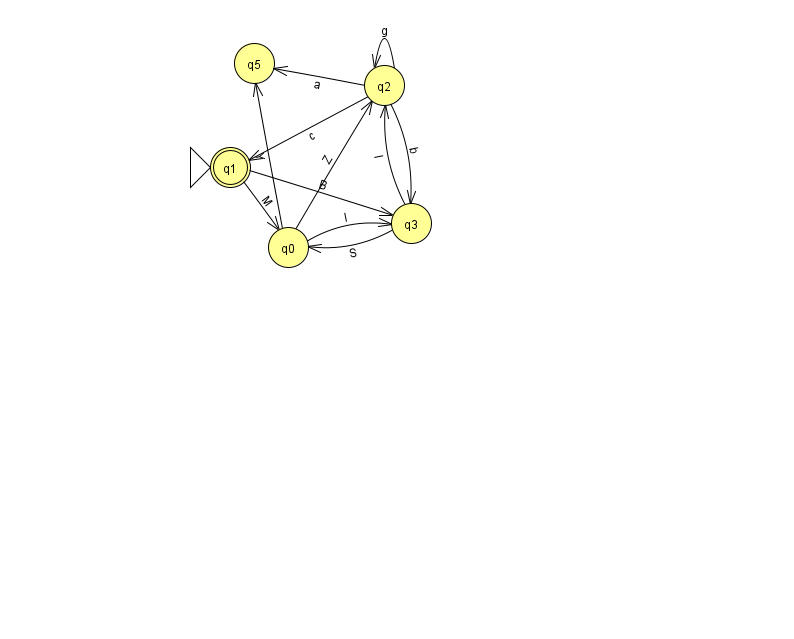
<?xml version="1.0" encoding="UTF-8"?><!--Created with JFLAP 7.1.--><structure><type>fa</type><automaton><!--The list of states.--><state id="0" name="q0"><x>288.0</x><y>234.0</y></state><state id="1" name="q1"><x>230.0</x><y>154.0</y><initial/><final/></state><state id="2" name="q2"><x>384.0</x><y>72.0</y></state><state id="3" name="q3"><x>411.0</x><y>210.0</y></state><state id="5" name="q5"><x>254.0</x><y>50.0</y></state><!--The list of transitions.--><transition><from>2</from><to>1</to><read>c</read></transition><transition><from>3</from><to>2</to><read>l</read></transition><transition><from>1</from><to>0</to><read>M</read></transition><transition><from>3</from><to>0</to><read>S</read></transition><transition><from>0</from><to>2</to><read>Z</read></transition><transition><from>2</from><to>2</to><read>g</read></transition><transition><from>0</from><to>3</to><read>I</read></transition><transition><from>0</from><to>5</to><read>Y</read></transition><transition><from>1</from><to>3</to><read>B</read></transition><transition><from>2</from><to>3</to><read>b</read></transition><transition><from>2</from><to>5</to><read>a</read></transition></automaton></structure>